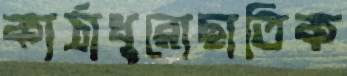
কাঠাধুরোছাতিক